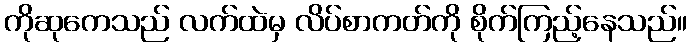
ကိုဆုကေသည် လက်ထဲမှ လိပ်စာကတ်ကို စိုက်ကြည့်နေသည်။